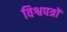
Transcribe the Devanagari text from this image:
विश्वपत्रों